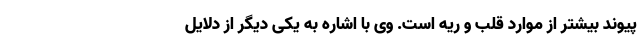
پیوند بیشتر از موارد قلب و ریه است. وی با اشاره به یکی دیگر از دلایل